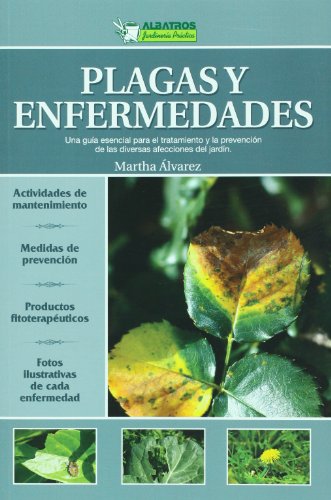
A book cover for Plagas y enfermedades. Una guia esencial para el tratamiento y la prevencion de las diversas afecciones del jardin (Jardineria Practica/ Practical Gardening) (Spanish Edition); Martha Alvarez; Crafts, Hobbies & Home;